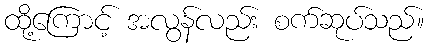
ထို့ကြောင့် အလွန်လည်း စက်ဆုပ်သည်။